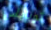
توباياس